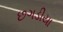
છગડીયા